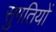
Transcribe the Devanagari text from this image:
सुगतियों